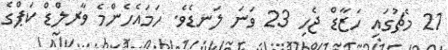
21 މެޗުގައި ހަޒާޑް ޖެހި 23 ވަނަ ލަނޑެވެ. ހަމައެހެންމެ ވާރލްޑް ކަޕްގެ